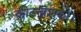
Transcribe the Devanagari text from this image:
कीटनाशकों।